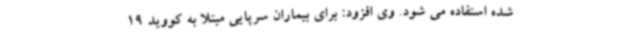
شده استفاده می شود. وی افزود: برای بیماران سرپایی مبتلا به کووید 19